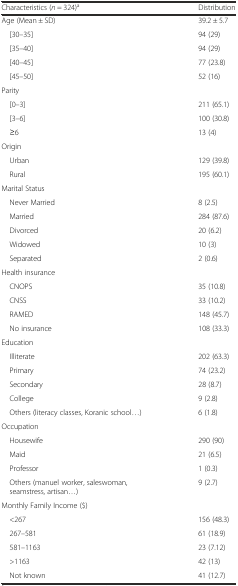
<table><thead><tr><td><b>Characteristics (<i>n</i> = 324)<sup>a</sup></b></td><td><b>Distribution</b></td></tr></thead><tbody><tr><td>Age (Mean ± SD)</td><td>39.2 ± 5.7</td></tr><tr><td> [30–35]</td><td>94 (29)</td></tr><tr><td> [35–40]</td><td>94 (29)</td></tr><tr><td> [40–45]</td><td>77 (23.8)</td></tr><tr><td> [45–50]</td><td>52 (16)</td></tr><tr><td>Parity</td><td>[EMPTY_CELL]</td></tr><tr><td> [0–3]</td><td>211 (65.1)</td></tr><tr><td> [3–6]</td><td>100 (30.8)</td></tr><tr><td> ≥6</td><td>13 (4)</td></tr><tr><td>Origin</td><td>[EMPTY_CELL]</td></tr><tr><td> Urban</td><td>129 (39.8)</td></tr><tr><td> Rural</td><td>195 (60.1)</td></tr><tr><td>Marital Status</td><td>[EMPTY_CELL]</td></tr><tr><td> Never Married</td><td>8 (2.5)</td></tr><tr><td> Married</td><td>284 (87.6)</td></tr><tr><td> Divorced</td><td>20 (6.2)</td></tr><tr><td> Widowed</td><td>10 (3)</td></tr><tr><td> Separated</td><td>2 (0.6)</td></tr><tr><td>Health insurance</td><td>[EMPTY_CELL]</td></tr><tr><td> CNOPS</td><td>35 (10.8)</td></tr><tr><td> CNSS</td><td>33 (10.2)</td></tr><tr><td> RAMED</td><td>148 (45.7)</td></tr><tr><td> No insurance</td><td>108 (33.3)</td></tr><tr><td>Education</td><td>[EMPTY_CELL]</td></tr><tr><td> Illiterate</td><td>202 (63.3)</td></tr><tr><td> Primary</td><td>74 (23.2)</td></tr><tr><td> Secondary</td><td>28 (8.7)</td></tr><tr><td> College</td><td>9 (2.8)</td></tr><tr><td> Others (literacy classes, Koranic school...)</td><td>6 (1.8)</td></tr><tr><td>Occupation</td><td>[EMPTY_CELL]</td></tr><tr><td> Housewife</td><td>290 (90)</td></tr><tr><td> Maid</td><td>21 (6.5)</td></tr><tr><td> Professor</td><td>1 (0.3)</td></tr><tr><td> Others (manuel worker, saleswoman, seamstress, artisan...)</td><td>9 (2.7)</td></tr><tr><td>Monthly Family Income ($)</td><td>[EMPTY_CELL]</td></tr><tr><td> &lt;267</td><td>156 (48.3)</td></tr><tr><td> 267–581</td><td>61 (18.9)</td></tr><tr><td> 581–1163</td><td>23 (7.12)</td></tr><tr><td> &gt;1163</td><td>42 (13)</td></tr><tr><td> Not known</td><td>41 (12.7)</td></tr></tbody></table>